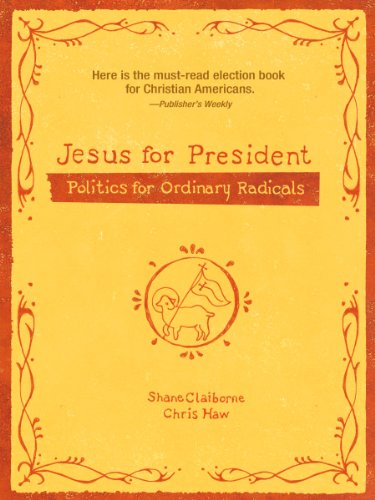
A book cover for Jesus for President: Politics for Ordinary Radicals; Shane Claiborne; Religion & Spirituality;